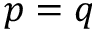
p = q